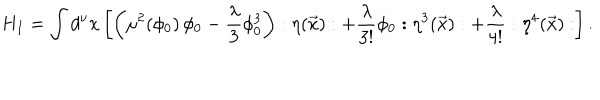
H _ { I } = \int d ^ { \nu } x \left[ \left( \mu ^ { 2 } ( \phi _ { 0 } ) \, \phi _ { 0 } - { \frac { \lambda } { 3 } } \phi _ { 0 } ^ { 3 } \right) : \eta ( \vec { x } ) : + { \frac { \lambda } { 3 ! } } \phi _ { 0 } : \eta ^ { 3 } ( \vec { x } ) : + { \frac { \lambda } { 4 ! } } : \eta ^ { 4 } ( \vec { x } ) : \right] .